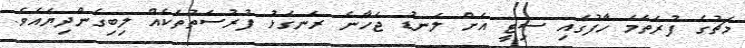
މެޗުގެ ފުރަތަމަ ހާފުގައި ސިޓީ އަށް ލަނޑު ޖަހާނެ ރަނގަޅު ފުރުސަތުތަކެއް ލިބިގެންދިޔައެވެ.